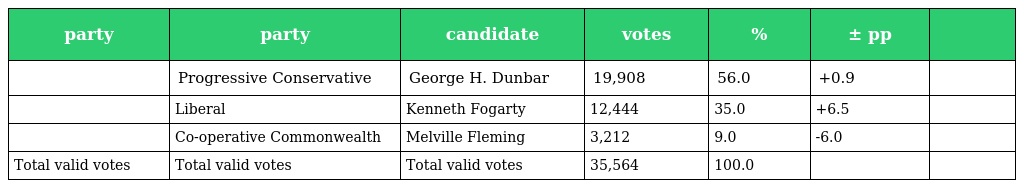
| party | party | candidate | votes | % | ± pp |  |
 | --- | --- | --- | --- | --- | --- | --- |
 |  | Progressive Conservative | George H. Dunbar | 19,908 | 56.0 | +0.9 |  |
 |  | Liberal | Kenneth Fogarty | 12,444 | 35.0 | +6.5 |  |
 |  | Co-operative Commonwealth | Melville Fleming | 3,212 | 9.0 | -6.0 |  |
 | Total valid votes | Total valid votes | Total valid votes | 35,564 | 100.0 |  |  |